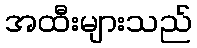
အထီးများသည်